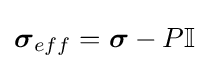
{\boldsymbol {\sigma }}_{eff}={\boldsymbol {\sigma }}-P\mathbb {I}